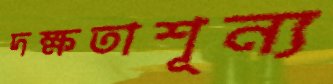
দক্ষতাশূন্য